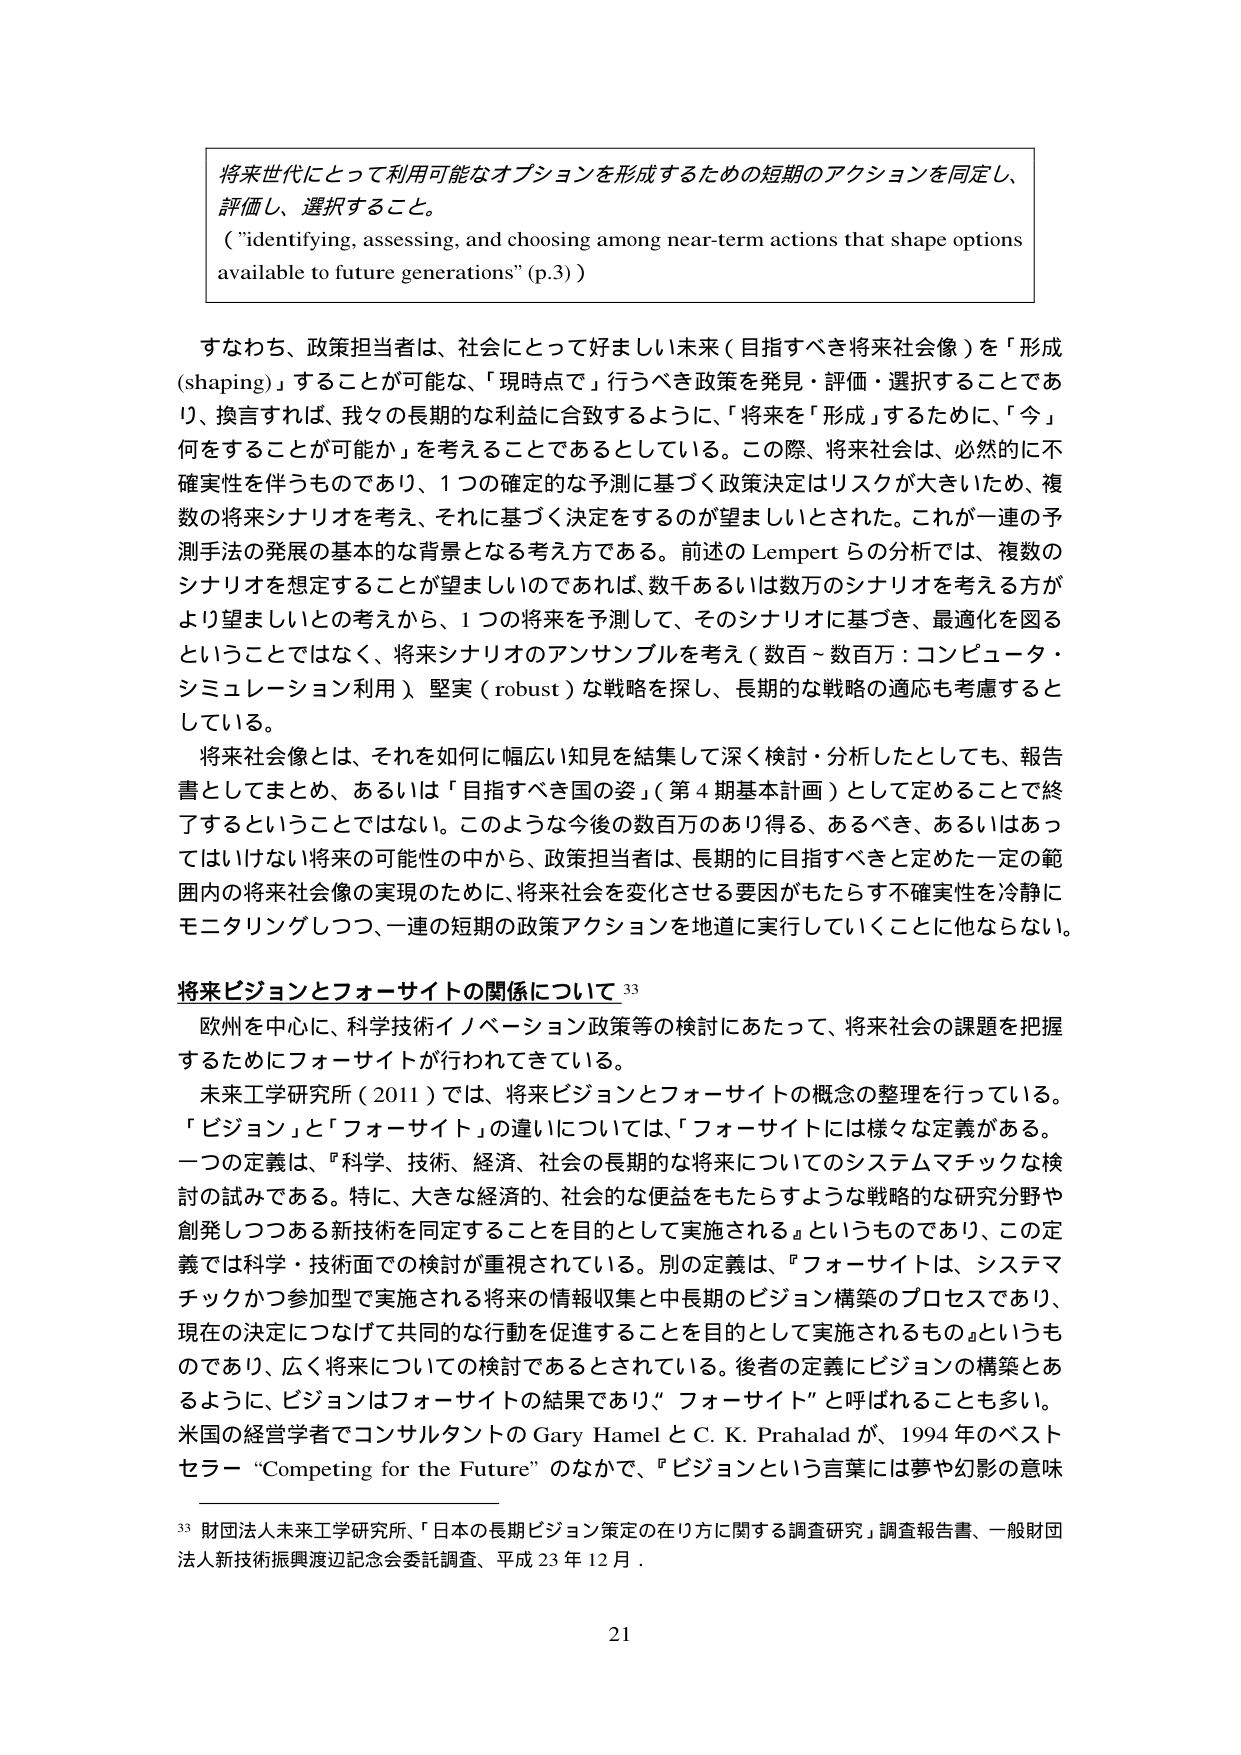
将来世代にとって利用可能なオプションを形成するための短期のアクションを同定し、
評価し、選択すること。
（“identifying, assessing, and choosing among near-term actions that shape options
available to future generations” (p.3)）

すなわち、政策担当者は、社会にとって好ましい未来（目指すべき将来社会像）を「形成（shaping）」することが可能な、「現時点で」行うべき政策を発見・評価・選択することであり、換言すれば、我々の長期的な利益に合致するように、「将来を「形成」するために、「今」何をすることが可能か」を考えることであるとしている。この際、将来社会は、必然的に不確実性を伴うものであり、1つの確定的な予測に基づく政策決定はリスクが大きいため、複数の将来シナリオを考え、それに基づく決定をするのが望ましいとされた。これが一連の予測手法の発展の基本的な背景となる考え方である。前述の Lempert らの分析では、複数のシナリオを想定することが望ましいのであれば、数千あるいは数万のシナリオを考える方がより望ましいとの考えから、1つの将来を予測して、そのシナリオに基づき、最適化を図るということではなく、将来シナリオのアンサンブルを考え（数百～数百万：コンピュータ・シミュレーション利用）、堅実（robust）な戦略を探し、長期的な戦略の適応も考慮するとしている。

将来社会像とは、それを如何に幅広い知見を結集して深く検討・分析したとしても、報告書としてまとめ、あるいは「目指すべき国の姿」（第4期基本計画）として定めることで終了するということではない。このような今後の数百万のあり得る、あるべき、あるいはあってはいけない将来の可能性の中から、政策担当者は、長期的に目指すべきと定めた一定の範囲内の将来社会像の実現のために、将来社会を変化させる要因がもたらす不確実性を冷静にモニタリングしつつ、一連の短期の政策アクションを地道に実行していくことに他ならない。

将来ビジョンとフォーサイトの関係について 33
欧州を中心に、科学技術イノベーション政策等の検討にあたって、将来社会の課題を把握するためにフォーサイトが行われてきている。
未来工学研究所（2011）では、将来ビジョンとフォーサイトの概念の整理を行っている。
「ビジョン」と「フォーサイト」の違いについては、「フォーサイトには様々な定義がある。一つの定義は、『科学、技術、経済、社会の長期的な将来についてのシステムマチックな検討の試みである。特に、大きな経済的、社会的な便益をもたらすような戦略的な研究分野や創発しつつある新技術を同定することを目的として実施される』というものであり、この定義では科学・技術面での検討が重視されている。別の定義は、『フォーサイトは、システムマチックかつ参加型で実施される将来の情報収集と中長期のビジョン構築のプロセスであり、現在の決定につなげて共同的な行動を促進することを目的として実施されるもの』というものであり、広く将来についての検討であるとされている。後者の定義にビジョンの構築とあるように、ビジョンはフォーサイトの結果であり、“フォーサイト”と呼ばれることも多い。
米国の経営学者でコンサルタントの Gary Hamel と C. K. Prahalad が、1994年のベストセラー “Competing for the Future” のなかで、「ビジョンという言葉には夢や幻影の意味

33 財団法人未来工学研究所、「日本の長期ビジョン策定の在り方に関する調査研究」調査報告書、一般財団法人新技術振興渡辺記念会委託調査、平成23年12月。

21